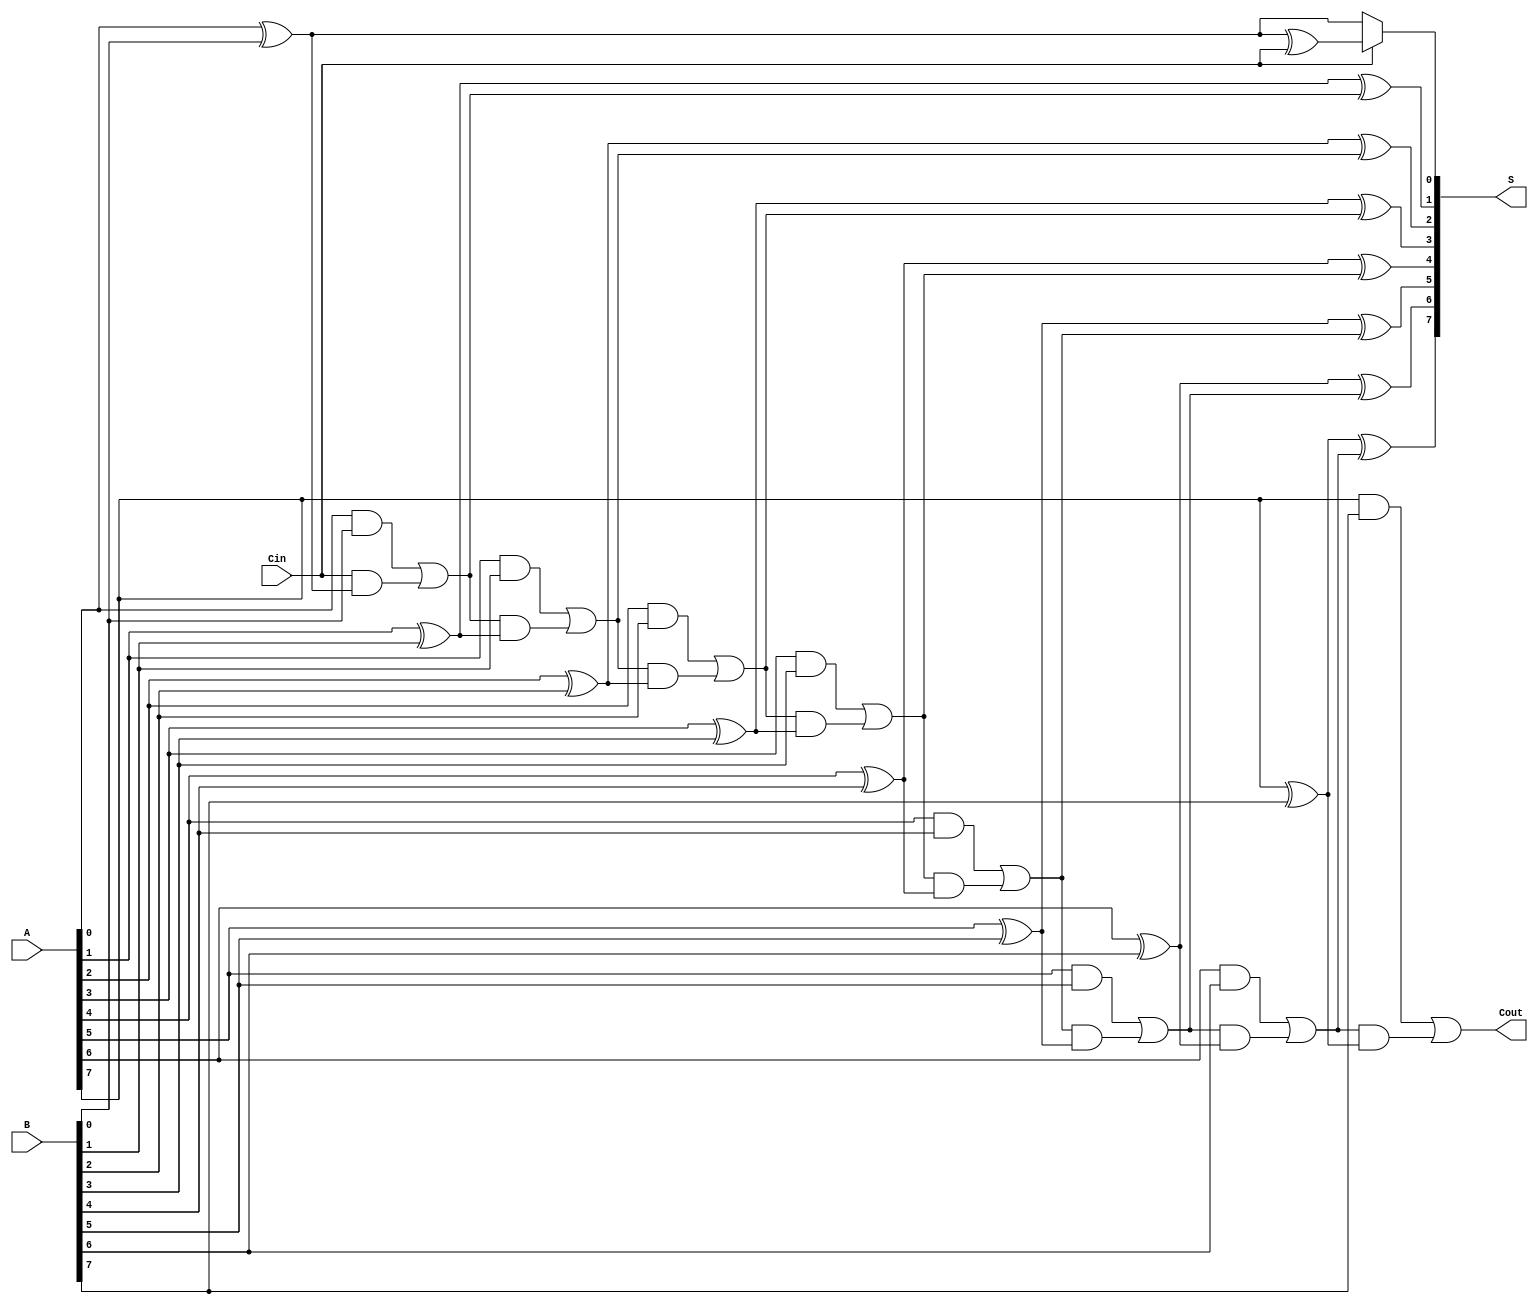
module conditional_sum_adder #(
    parameter N = 8  // Width of the adder
) (
    input [N-1:0] A,       // First n-bit binary number
    input [N-1:0] B,       // Second n-bit binary number
    input Cin,             // Carry-in signal
    output [N-1:0] S,      // Sum output
    output Cout            // Carry-out signal
);

    wire [N-1:0] C0;    // Carry assuming no carry-in
    wire [N-1:0] C1;    // Carry assuming carry-in
    wire [N-1:0] S0;    // Partial sum assuming no carry-in
    wire [N-1:0] S1;    // Partial sum assuming carry-in
    wire [N-1:0] C;      // Conditional carry signals

    // Generate partial sums and carries for each bit
    genvar i;
    generate
        for (i = 0; i < N; i = i + 1) begin : CSA
            // Carry generation
            if (i == 0) begin
                assign S0[i] = A[i] ^ B[i] ^ Cin;             // Sum with carry-in
                assign S1[i] = A[i] ^ B[i] ^ 1'b0;            // Sum without carry-in
                assign C0[i] = (A[i] & B[i]) | (Cin & (A[i] ^ B[i])); // Carry with carry-in
                assign C1[i] = (A[i] & B[i]) | (Cin & (A[i] ^ B[i])); // Carry without carry-in
            end else begin
                assign S0[i] = A[i] ^ B[i] ^ C0[i-1];         // Sum with carry from previous bit
                assign S1[i] = A[i] ^ B[i] ^ C1[i-1];         // Sum without carry from previous bit
                assign C0[i] = (A[i] & B[i]) | (C0[i-1] & (A[i] ^ B[i])); // Carry with carry from previous
                assign C1[i] = (A[i] & B[i]) | (C1[i-1] & (A[i] ^ B[i])); // Carry without carry from previous
            end
        end
    endgenerate

    // Final sum and carry out selection based on Cin
    generate
        for (i = 0; i < N; i = i + 1) begin : SUM_SELECTION
            assign S[i] = Cin ? S0[i] : S1[i];
        end
    endgenerate
    
    // Carry out selection
    assign Cout = Cin ? C1[N-1] : C0[N-1];

endmodule